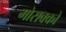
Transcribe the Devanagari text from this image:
मोराक्को